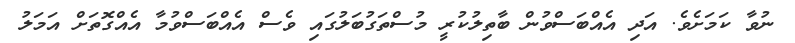
ނުވާ ކަމަށެވެ. އަދި އެއްބަސްވުން ބާތިލުކުރީ މުސްތަގުބަލުގައި ވެސް އެއްބަސްވުމާ އެއްގޮތަށް އަމަލު